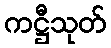
ကဋ္ဌီသုတ်